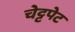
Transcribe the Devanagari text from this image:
चेट्टपेट